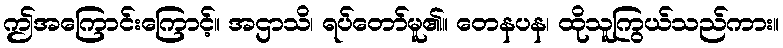
ဤအကြောင်းကြောင့်။ အဌာသိ၊ ရပ်တော်မူ၏။ တေနပန၊ ထိုသူကြွယ်သည်ကား။